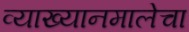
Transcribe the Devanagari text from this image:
व्याख्यानमालेचा